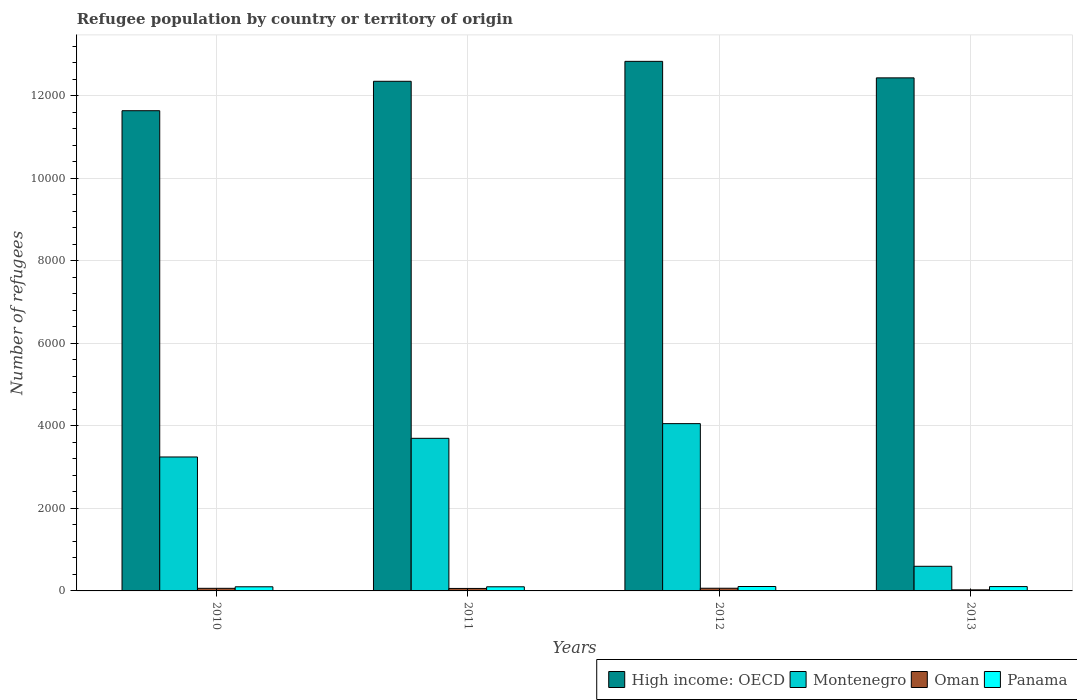
| Years | High income: OECD | Montenegro | Oman | Panama |
 | --- | --- | --- | --- | --- |
 | 2010 | 1.16e+04 | 3.25e+03 | 63 | 100 |
 | 2011 | 1.24e+04 | 3.7e+03 | 60 | 100 |
 | 2012 | 1.28e+04 | 4.05e+03 | 65 | 107 |
 | 2013 | 1.24e+04 | 597 | 26 | 105 |